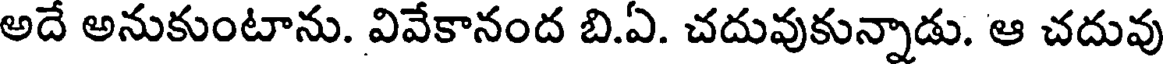
అదే అనుకుంటాను. వివేకానంద బి.ఏ. చదువుకున్నాడు. ఆ చదువు